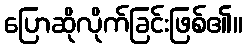
ပြောဆိုလိုက်ခြင်းဖြစ်၏။